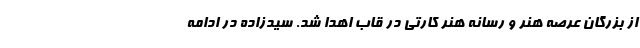
از بزرگان عرصه هنر و رسانه هنر کارتی در قاب اهدا شد. سیدزاده در ادامه